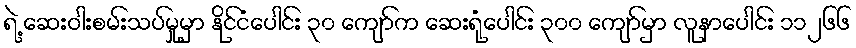
ရဲ့ ဆေးဝါးစမ်းသပ်မှုမှာ နိုင်ငံပေါင်း ၃၀ ကျော်က ဆေးရုံပေါင်း ၃၀၀ ကျော်မှာ လူနာပေါင်း ၁၁၂၆၆